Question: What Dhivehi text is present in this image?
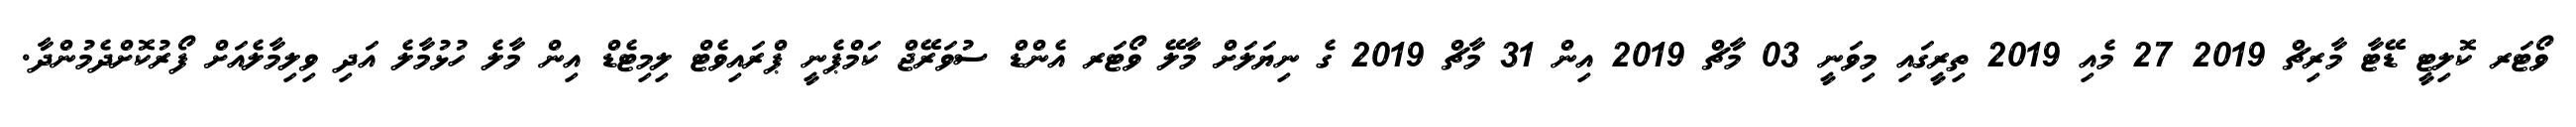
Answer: ވޯޓަރ ކޮލިޓީ ޑޭޓާ މާރިޗް 2019 27 މެއި 2019 ތިރީގައި މިވަނީ 03 މާޗް 2019 އިން 31 މާޗް 2019 ގެ ނިޔަލަށް މާލޭ ވޯޓަރ އެންޑް ސުވަރޭޖް ކަމްޕެނީ ޕްރައިވެޓް ލިމިޓެޑް އިން މާލެ ހުޅުމާލެ އަދި ވިލިމާލެއަށް ފޯރުކޮށްދެމުންދާ.